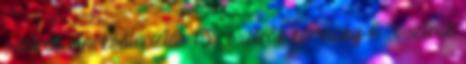
osztrák elnökválasztás 13 , osztrák kormány 6 , osztrák